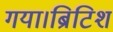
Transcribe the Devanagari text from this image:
गया।ब्रिटिश